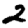
Digit: 2